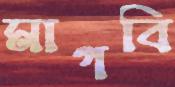
মাগবি